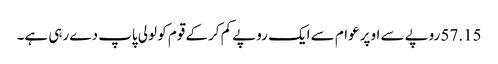
57.15 روپے سے اوپر عوام سے ایک روپے کم کرکے قوم کو لولی پاپ دے رہی ہے۔